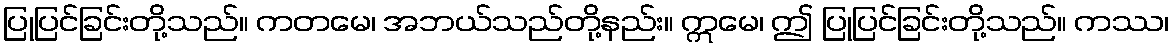
ပြုပြင်ခြင်းတို့သည်။ ကတမေ၊ အဘယ်သည်တို့နည်း။ ဣမေ၊ ဤ ပြုပြင်ခြင်းတို့သည်။ ကဿ၊